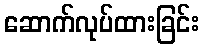
ဆောက်လုပ်ထားခြင်း